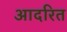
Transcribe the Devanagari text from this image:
आदरित